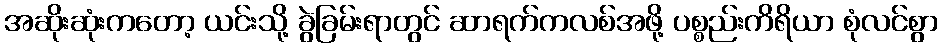
အဆိုးဆုံးကတော့ ယင်းသို့ ခွဲခြမ်းရာတွင် ဆာရက်ကလစ်အဖို့ ပစ္စည်းကိရိယာ စုံလင်စွာ